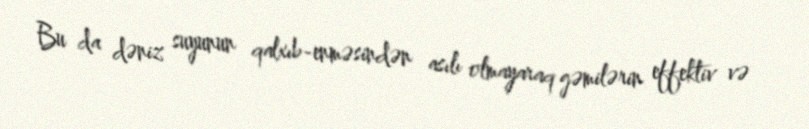
Bu da dəniz suyunun qalxıb-enməsindən asılı olmayaraq gəmilərin effektiv və